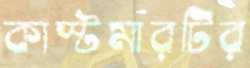
কাস্টমারটির